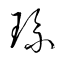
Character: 琉